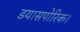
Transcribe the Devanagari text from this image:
डयासपोरिक।